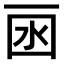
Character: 𠀯